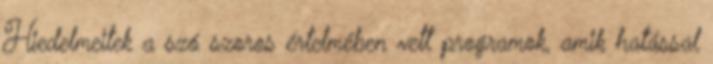
Hiedelmeitek a szó szoros értelmében vett programok, amik hatással